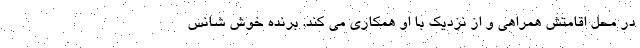
در محل اقامتش همراهی و از نزدیک با او همکاری می کند. برنده‌ خوش شانس